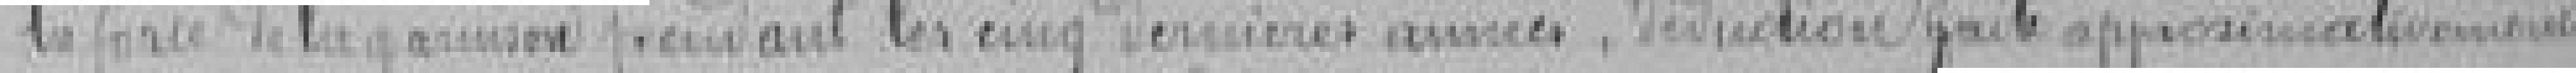
la force de la garnison pendant les cinq dernières années, déduction faite approximativement